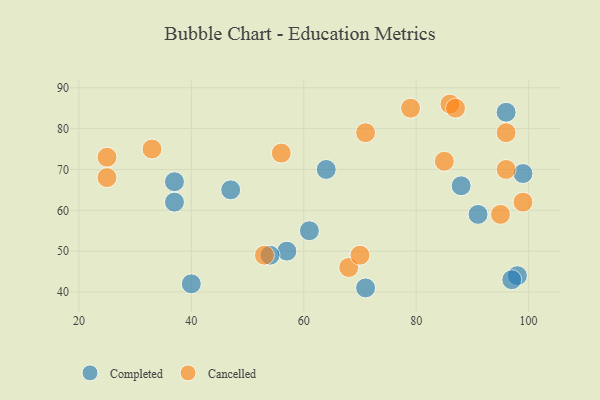
{"axis": {"x": "GDP", "y": "Life Expectancy"}, "legend": ["Cancelled", "Completed"], "data": [{"x": "37", "y": 62, "type": "Completed"}, {"x": "98", "y": 44, "type": "Completed"}, {"x": "64", "y": 70, "type": "Completed"}, {"x": "37", "y": 67, "type": "Completed"}, {"x": "99", "y": 69, "type": "Completed"}, {"x": "96", "y": 84, "type": "Completed"}, {"x": "71", "y": 41, "type": "Completed"}, {"x": "61", "y": 55, "type": "Completed"}, {"x": "97", "y": 43, "type": "Completed"}, {"x": "91", "y": 59, "type": "Completed"}, {"x": "57", "y": 50, "type": "Completed"}, {"x": "88", "y": 66, "type": "Completed"}, {"x": "47", "y": 65, "type": "Completed"}, {"x": "40", "y": 42, "type": "Completed"}, {"x": "54", "y": 49, "type": "Completed"}, {"x": "85", "y": 72, "type": "Cancelled"}, {"x": "96", "y": 79, "type": "Cancelled"}, {"x": "86", "y": 86, "type": "Cancelled"}, {"x": "53", "y": 49, "type": "Cancelled"}, {"x": "33", "y": 75, "type": "Cancelled"}, {"x": "25", "y": 73, "type": "Cancelled"}, {"x": "96", "y": 70, "type": "Cancelled"}, {"x": "71", "y": 79, "type": "Cancelled"}, {"x": "95", "y": 59, "type": "Cancelled"}, {"x": "68", "y": 46, "type": "Cancelled"}, {"x": "87", "y": 85, "type": "Cancelled"}, {"x": "70", "y": 49, "type": "Cancelled"}, {"x": "99", "y": 62, "type": "Cancelled"}, {"x": "56", "y": 74, "type": "Cancelled"}, {"x": "25", "y": 68, "type": "Cancelled"}, {"x": "79", "y": 85, "type": "Cancelled"}]}